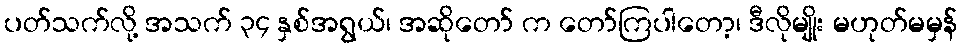
ပတ်သက်လို့ အသက် ၃၄ နှစ်အရွယ်၊ အဆိုတော် က တော်ကြပါတော့၊ ဒီလိုမျိုး မဟုတ်မမှန်